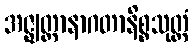
အဇ္ဈတ္တာနာဂတာနိစ္စသုတ္တံ